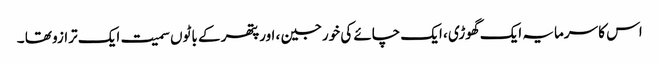
اس کا سرمایہ ایک گھوڑی ، ایک چائے کی خورجین ، اورپتھر کے باٹوں سمیت ایک ترازو تھا ۔